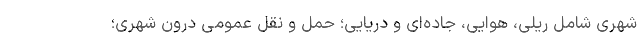
شهری شامل ریلی، هوایی، جاده‌ای و دریایی؛ حمل و نقل عمومی درون شهری؛